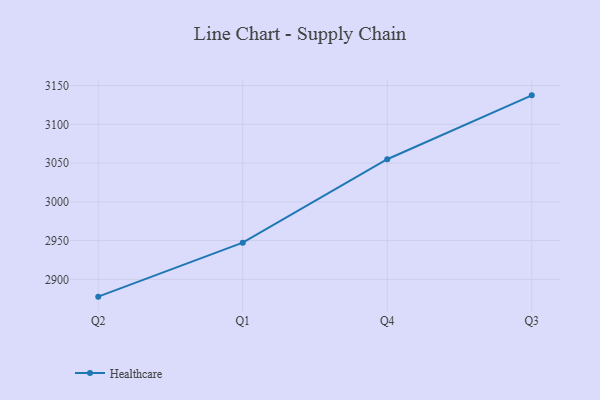
{"axis": {"x": "Quarter", "y": "Latency (ms)"}, "legend": ["Healthcare"], "data": [{"x": "Q2", "y": 2877.7, "type": "Healthcare"}, {"x": "Q1", "y": 2947.3, "type": "Healthcare"}, {"x": "Q4", "y": 3055.0, "type": "Healthcare"}, {"x": "Q3", "y": 3137.4, "type": "Healthcare"}]}